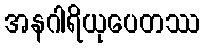
အနဂါရိယုပေတဿ